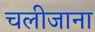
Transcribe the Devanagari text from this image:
चलीजाना